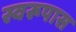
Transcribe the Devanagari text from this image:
स्वरूपास